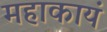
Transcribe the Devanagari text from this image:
महाकायं